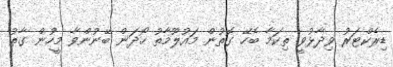
ޑިރެކްޓަރު ވިދާޅުވީ ތިކަމާ ބެހޭ ގޮތުން މައުލޫމާތު ހޯދަން ބޭނުންވާ މީހުން ގާތު